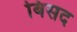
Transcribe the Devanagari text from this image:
बिसद